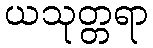
ယသုတ္တရာ